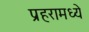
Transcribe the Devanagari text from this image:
प्रहरामध्ये